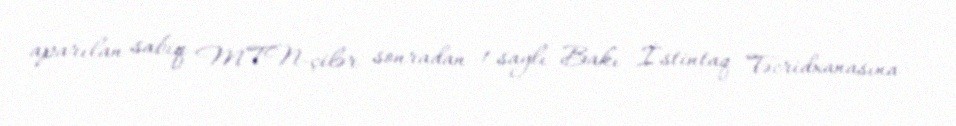
aparılan sabiq MTN-çilər sonradan 1 saylı Bakı İstintaq Təcridxanasına